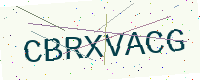
Text: CBRXVACG